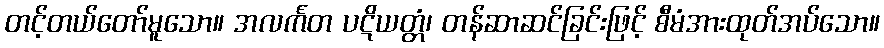
တင့်တယ်တော်မူသော။ အလင်္ကတ ပဋိယတ္တံ၊ တန်ဆာဆင်ခြင်းဖြင့် စီမံအားထုတ်အပ်သော။